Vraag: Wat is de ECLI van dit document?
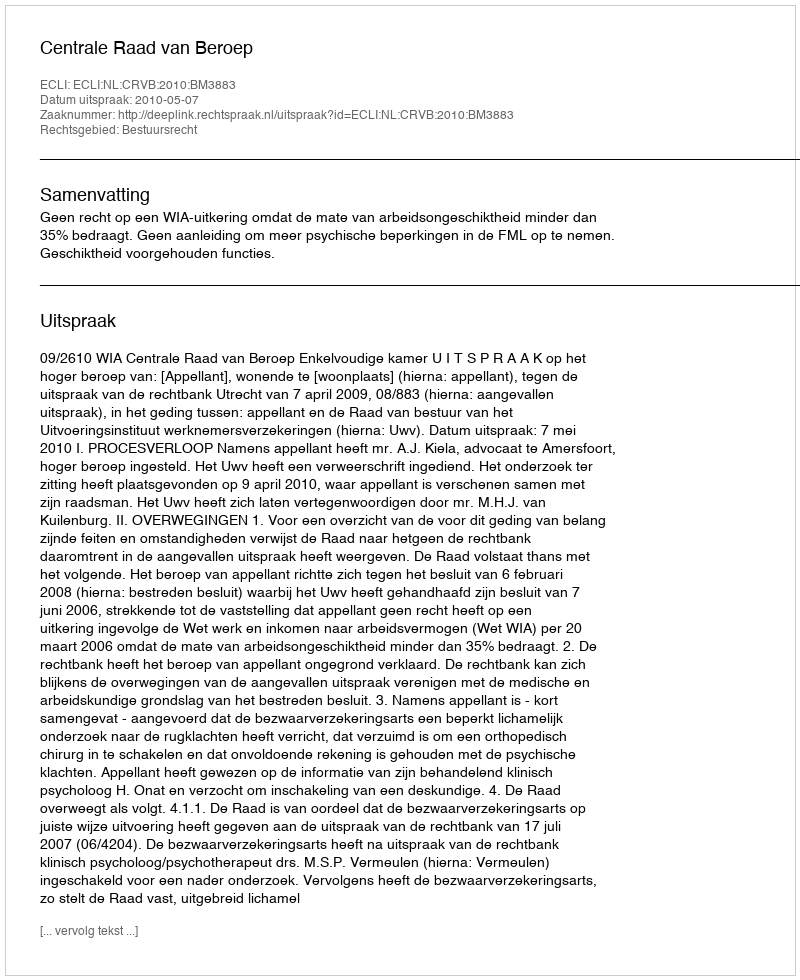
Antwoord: ECLI:NL:CRVB:2010:BM3883